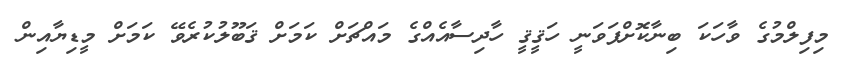
މިފިލްމުގެ ވާހަކަ ބިނާކޮށްފަވަނީ ހަޤީޤީ ހާދިސާއެއްގެ މައްޗަށް ކަމަށް ޤަބޫލުކުރެވޭ ކަމަށް މީޑިޔާއިން